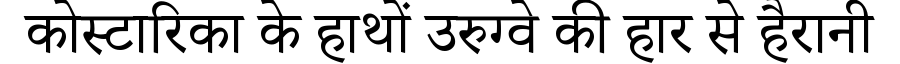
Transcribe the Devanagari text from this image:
कोस्टारिका के हाथों उरुग्वे की हार से हैरानी